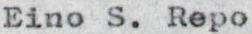
Eino S. Repo